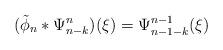
LaTeX: \begin{align*}(\tilde{\phi}_n*\Psi^n_{n-k})(\xi)=\Psi^{n-1}_{n-1-k}(\xi)\end{align*}